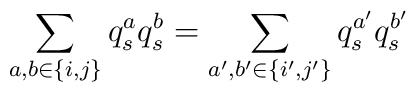
\sum_{a,b\in \{i,j\}}q_s^aq_s^b=\sum_{a',b'\in \{i',j'\}}q^{a'}_sq^{b'}_s